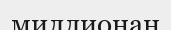
миллионан